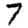
Digit: 7